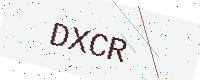
Text: DXCR